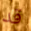
قد